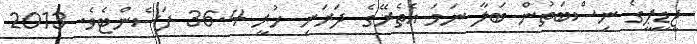
ޖީޑީޕީގެ ނިސްބަތުން ބަލާ ނަމަ އެތެރޭގެ ދަރަނި ހުރީ 36.4 ފަސެންޓެވެ. 2013